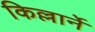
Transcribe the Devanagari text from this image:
किल्लार्ने